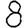
Digit: 8